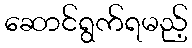
ဆောင်ရွက်ရမည့်